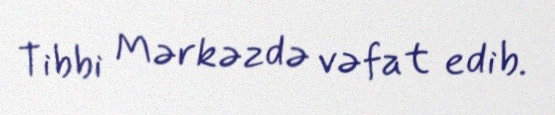
Tibbi Mərkəzdə vəfat edib.